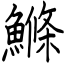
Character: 鰷